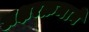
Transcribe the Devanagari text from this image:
अक्षरक्रमाने